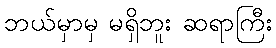
ဘယ်မှာမှ မရှိဘူး ဆရာကြီး